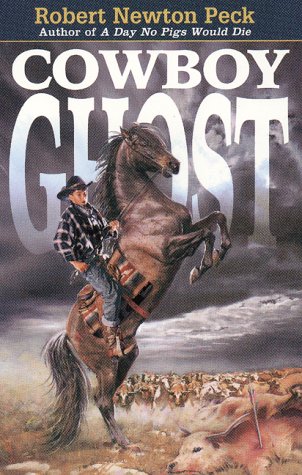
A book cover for Cowboy Ghost; Robert Newton Peck; Teen & Young Adult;